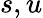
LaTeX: s,u